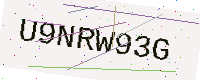
Text: U9NRW93G